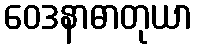
ဝေဒနာဓာတုယာ